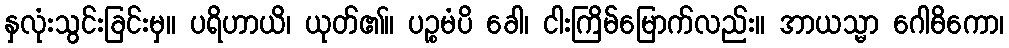
နှလုံးသွင်းခြင်းမှ။ ပရိဟာယိ၊ ယုတ်၏။ ပဉ္စမံပိ ခေါ၊ ငါးကြိမ်မြောက်လည်း။ အာယသ္မာ ဂေါဓိကော၊